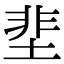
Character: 𡌦